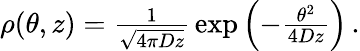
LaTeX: \begin{array}{r}{\rho(\theta,z)={\frac{1}{\sqrt{4\pi Dz}}}\exp\left(-{\frac{\theta^{2}}{4Dz}}\right)\, .}\end{array}